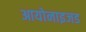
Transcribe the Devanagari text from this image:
आयोनाइजड